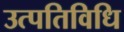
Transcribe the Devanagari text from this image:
उत्पतिविधि